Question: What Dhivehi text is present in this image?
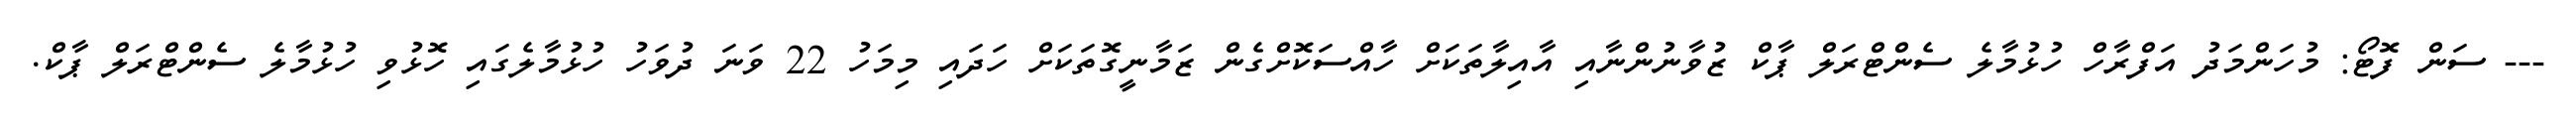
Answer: --- ސަން ފޮޓޯ: މުހަންމަދު އަފްރާހް ހުޅުމާލެ ސެންޓްރަލް ޕާކް ޒުވާނުންނާއި އާއިލާތަކަށް ހާއްސަކޮށްގެން ޒަމާނީގޮތަކަށް ހަދައި މިމަހު 22 ވަނަ ދުވަހު ހުޅުމާލެގައި ހޮޅުވި ހުޅުމާލެ ސެންޓްރަލް ޕާކް.